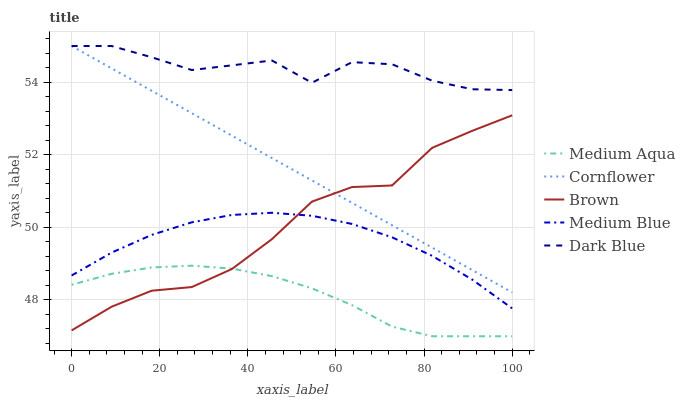
| xaxis_label | Medium Aqua | Cornflower | Brown | Medium Blue | Dark Blue |
 | --- | --- | --- | --- | --- | --- |
 | 0 | 48.4 | 55 | 47.2 | 48.7 | 55 |
 | 9.09 | 48.7 | 54.4 | 47.8 | 49.3 | 55 |
 | 18.2 | 48.9 | 53.8 | 48.3 | 49.8 | 54.7 |
 | 27.3 | 48.9 | 53.1 | 48.4 | 50.1 | 54.3 |
 | 36.4 | 48.9 | 52.5 | 48.9 | 50.3 | 54.5 |
 | 45.5 | 48.7 | 51.9 | 49.7 | 50.4 | 54.6 |
 | 54.5 | 48.3 | 51.3 | 50.7 | 50.3 | 54 |
 | 63.6 | 47.9 | 50.7 | 51.1 | 50.1 | 54.6 |
 | 72.7 | 47.3 | 50.1 | 51.2 | 49.7 | 54.5 |
 | 81.8 | 47 | 49.4 | 52.2 | 49.2 | 54 |
 | 90.9 | 47 | 48.8 | 52.7 | 48.6 | 53.8 |
 | 100 | 47 | 48.2 | 53.1 | 47.8 | 53.8 |